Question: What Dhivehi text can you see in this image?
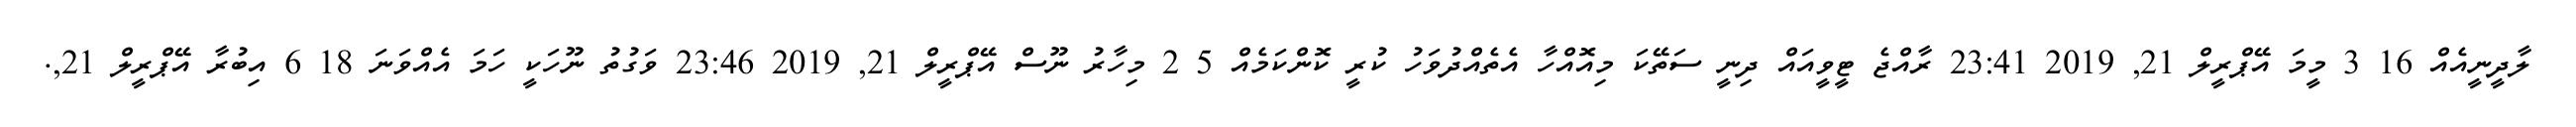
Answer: ލާދީނީއެއް 16 3 މީމަ އޭޕްރީލް 21, 2019 23:41 ރާއްޖެ ޓީވީއައް ދިނީ ސަތޭކަ މިއޮއްހާ އެތެއްދުވަހު ކުރީ ކޮންކަމެއް 5 2 މިހާރު ނޫސް އޭޕްރީލް 21, 2019 23:46 ވަގުތު ނޫހަކީ ހަމަ އެއްވަނަ 18 6 އިބުރާ އޭޕްރީލް 21,.